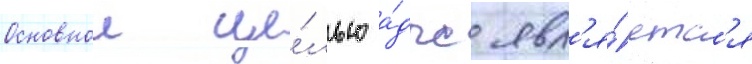
Основнои це́лью а́дпс явл'я́етс'я